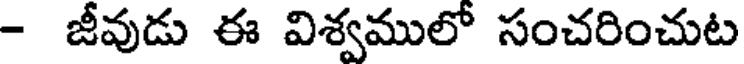
- జీవుడు ఈ విశ్వములో సంచరించుట